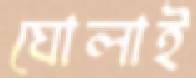
ঘোলাই